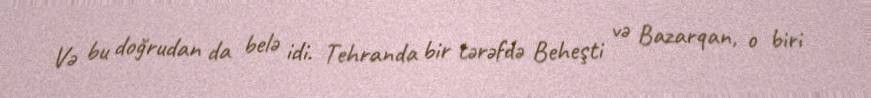
Və bu doğrudan da belə idi. Tehranda bir tərəfdə Beheşti və Bazarqan, o biri